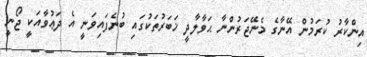
އިންކާރު ކުރަމުން އޭނާގެ މެނޭޖަރުންނާ ޙަވާލާދީ ޚަބަރުތަކުގައި ބުނެފައިވަނީ އެ ދަޢުވާއަކީ ޖޯނީ